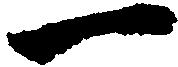
一